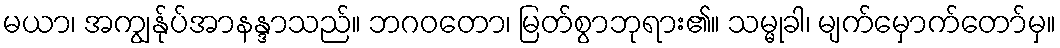
မယာ၊ အကျွန်ုပ်အာနန္ဒာသည်။ ဘဂဝတော၊ မြတ်စွာဘုရား၏။ သမ္မုခါ၊ မျက်မှောက်တော်မှ။